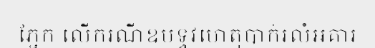
ភ្នែក លើករណីឧបទ្ទវហេតុបាក់រលំអគារ